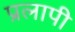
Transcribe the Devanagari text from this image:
प्रलापी